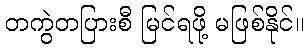
တကွဲတပြားစီ မြင်ရဖို့ မဖြစ်နိုင်။